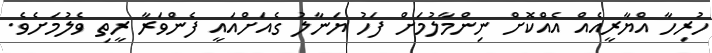
ހުރިހާ އްޔާރީއެއް އެއްކޮށް ނިންމާލުމަށް ފަހު ޔަނާލު ގެއަށްއައީ ފެންވަރާ ރީތި ވެލުމަށެވެ.